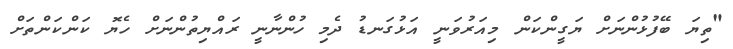
"ތިޔަ ބޭފުޅުންނަށް ޔަގީންކަން މިއަރުވަނީ އަޅުގަނޑު ދެމި ހުންނާނީ ރައްޔިތުންނަށް ހެޔޮ ކަންކަންތަށް